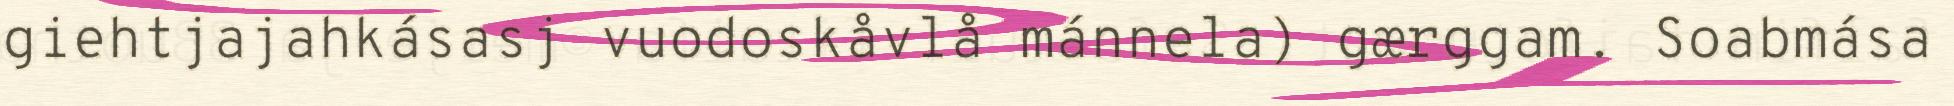
giehtjajahkásasj vuodoskåvlå mánnela) gærggam. Soabmása